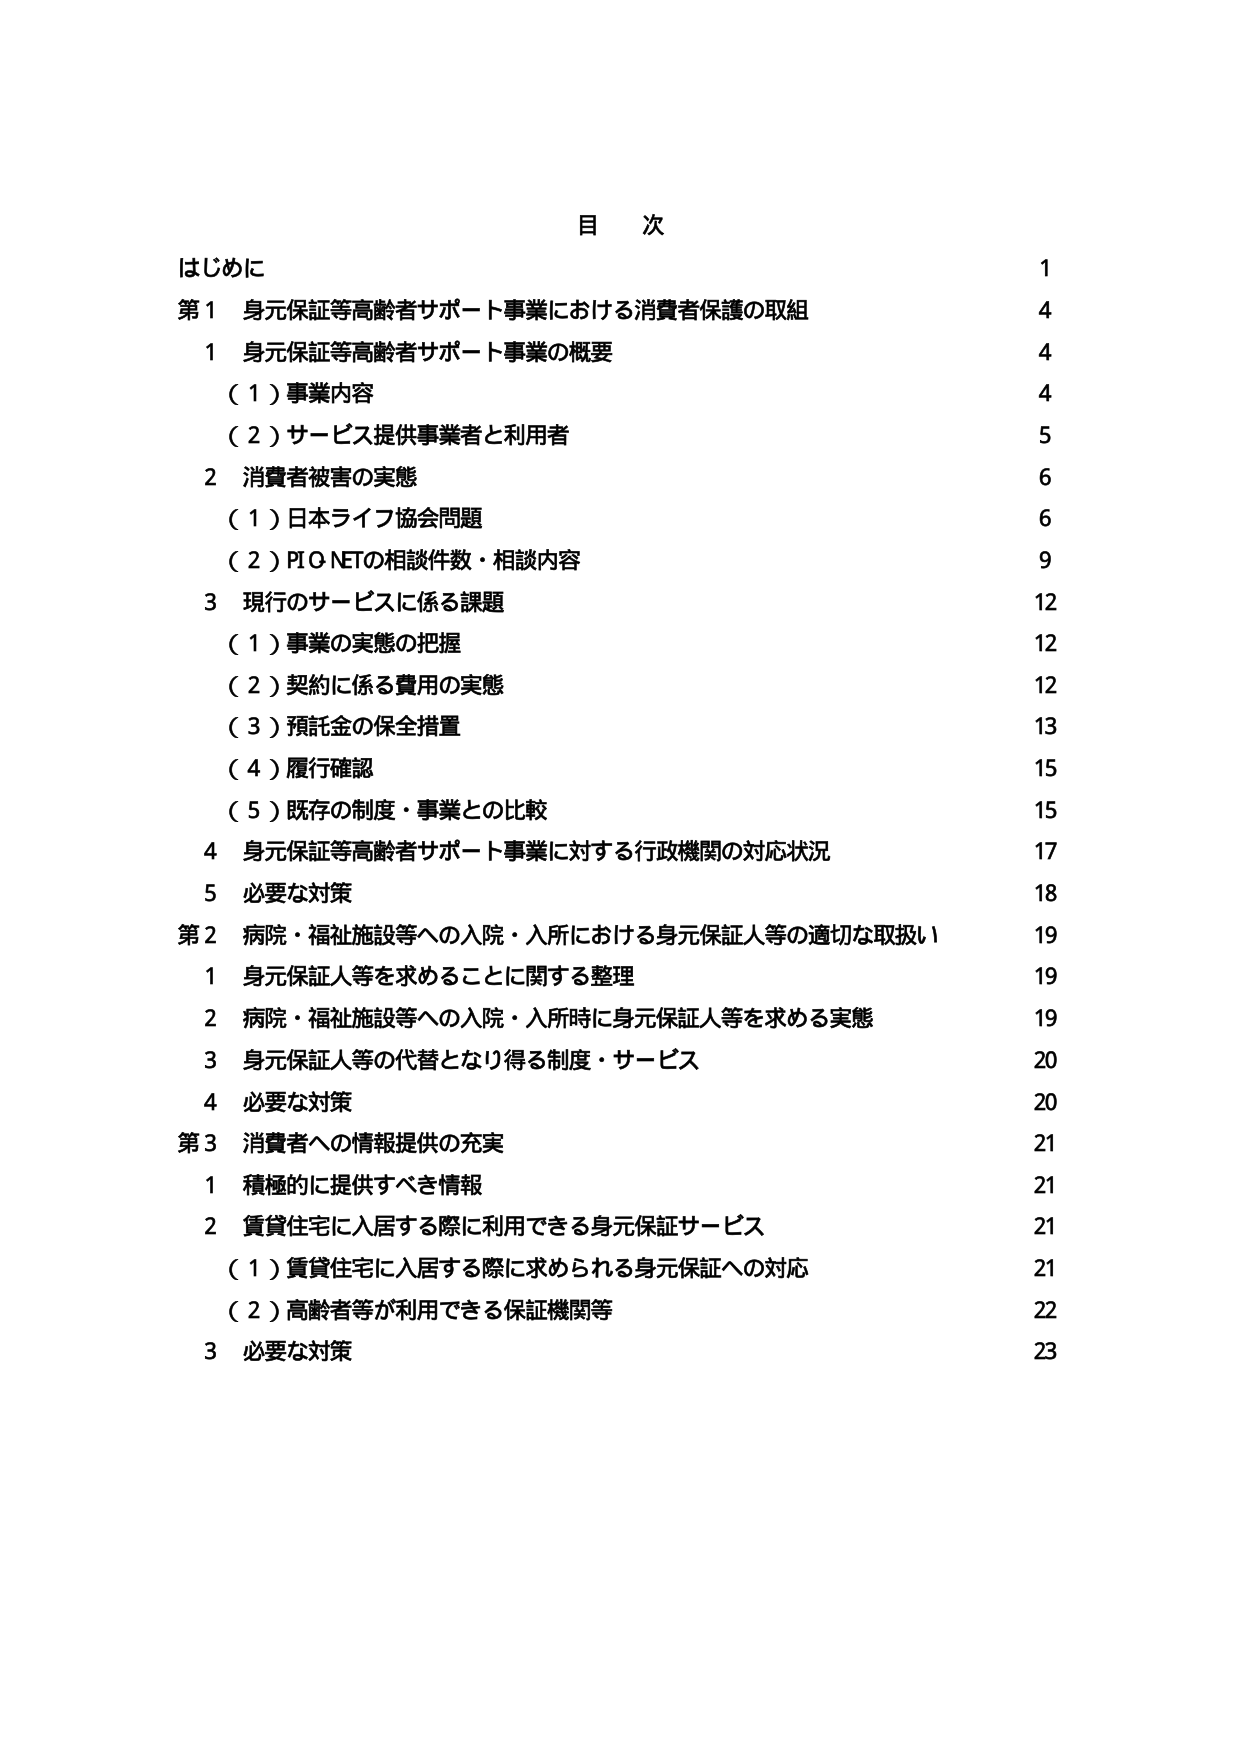
目 次
はじめに 1
第１ 身元保証等高齢者サポート事業における消費者保護の取組 4
　１ 身元保証等高齢者サポート事業の概要 4
　　（１）事業内容 4
　　（２）サービス提供事業者と利用者 5
　２ 消費者被害の実態 6
　　（１）日本ライフ協会問題 6
　　（２）PIO NETの相談件数・相談内容 9
　３ 現行のサービスに係る課題 12
　　（１）事業の実態の把握 12
　　（２）契約に係る費用の実態 12
　　（３）預託金の保全措置 13
　　（４）履行確認 15
　　（５）既存の制度・事業との比較 15
　４ 身元保証等高齢者サポート事業に対する行政機関の対応状況 17
　５ 必要な対策 18
第２ 病院・福祉施設等への入院・入所における身元保証人等の適切な取扱い 19
　１ 身元保証人等を求めることに関する整理 19
　２ 病院・福祉施設等への入院・入所時に身元保証人等を求める実態 19
　３ 身元保証人等の代替となり得る制度・サービス 20
　４ 必要な対策 20
第３ 消費者への情報提供の充実 21
　１ 積極的に提供すべき情報 21
　２ 賃貸住宅に入居する際に利用できる身元保証サービス 21
　　（１）賃貸住宅に入居する際に求められる身元保証への対応 21
　　（２）高齢者等が利用できる保証機関等 22
　３ 必要な対策 23